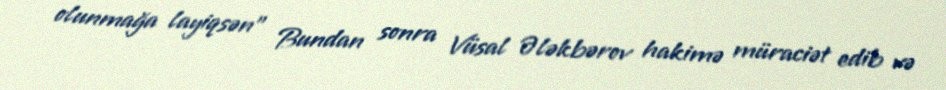
olunmağa layiqsən” Bundan sonra Vüsal Ələkbərov hakimə müraciət edib və